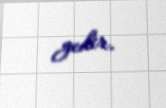
gedir.